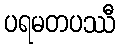
ပရမတပဿီ